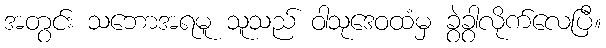
အတွင်း သဘောအရမူ သူသည် ဝါသုဒေဝထံမှ ခွဲခွာလိုက်လေပြီ။